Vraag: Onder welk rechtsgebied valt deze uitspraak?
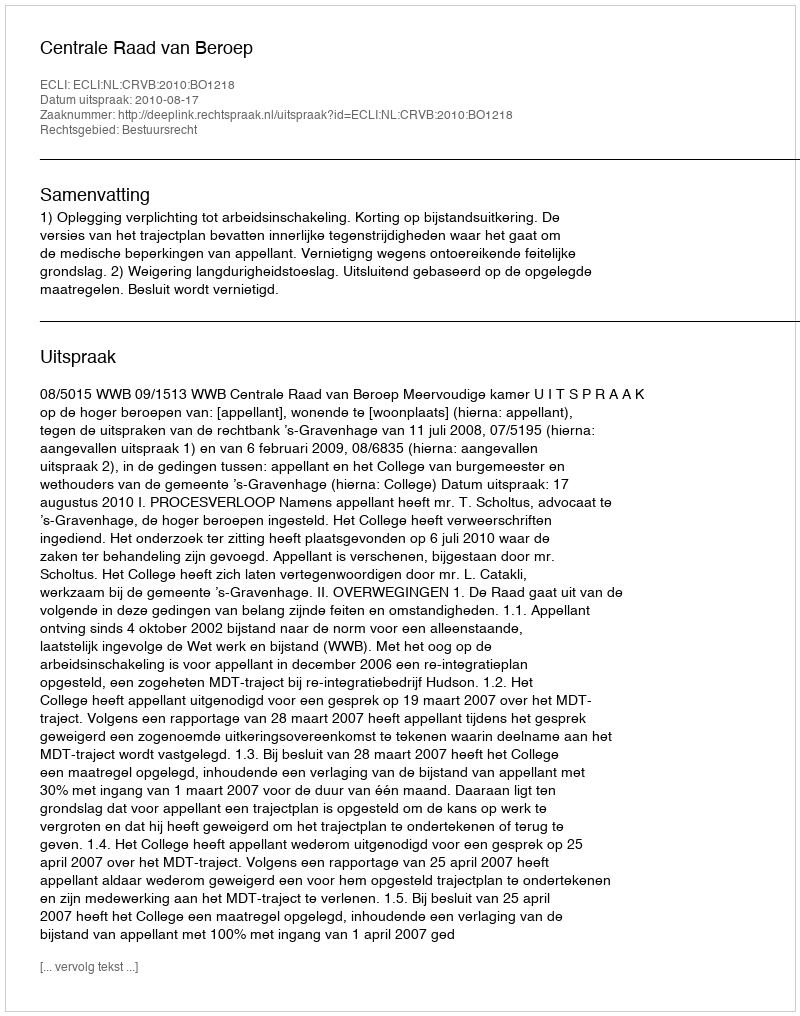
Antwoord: Bestuursrecht